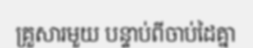
គ្រួសារមួយ បន្ទាប់ពីចាប់ដៃគ្នា